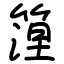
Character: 篞